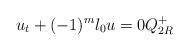
LaTeX: \begin{align*}u_t+(-1)^m \l_0 u=0 Q_{2R}^+\end{align*}